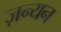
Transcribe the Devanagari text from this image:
ज़न्यन